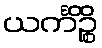
ယင်္ကိဉ္စိ